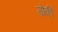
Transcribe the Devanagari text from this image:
ग़ोर्की